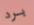
برد